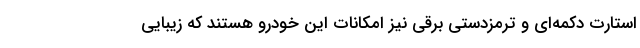
استارت دکمه‌ای و ترمز‌دستی برقی نیز امکانات این خودرو هستند که زیبایی